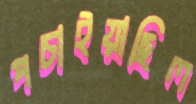
পচাইয়াছিল